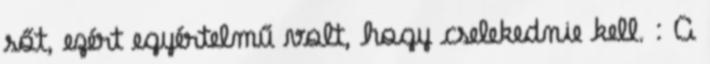
sőt, ezért egyértelmű volt, hogy cselekednie kell. : A